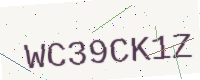
Text: WC39CK1Z